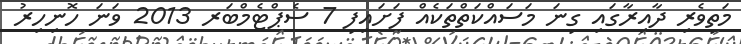
މަތިވެރި ދާއިރާގައި ގިނަ މަސައްކަތްތަކެއް ފަށައިފި 7 ސެޕްޓެމްބަރ 2013 ވަނަ ހޮނިހިރު